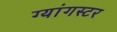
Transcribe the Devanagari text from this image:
ग्यांगस्टर